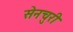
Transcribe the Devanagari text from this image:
सेनचुरी